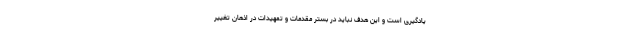
یادگیری است و این هدف نباید در بستر مقدمات و تمهیدات در اذهان تغییر